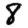
Digit: 8